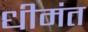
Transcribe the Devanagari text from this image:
धीमंत